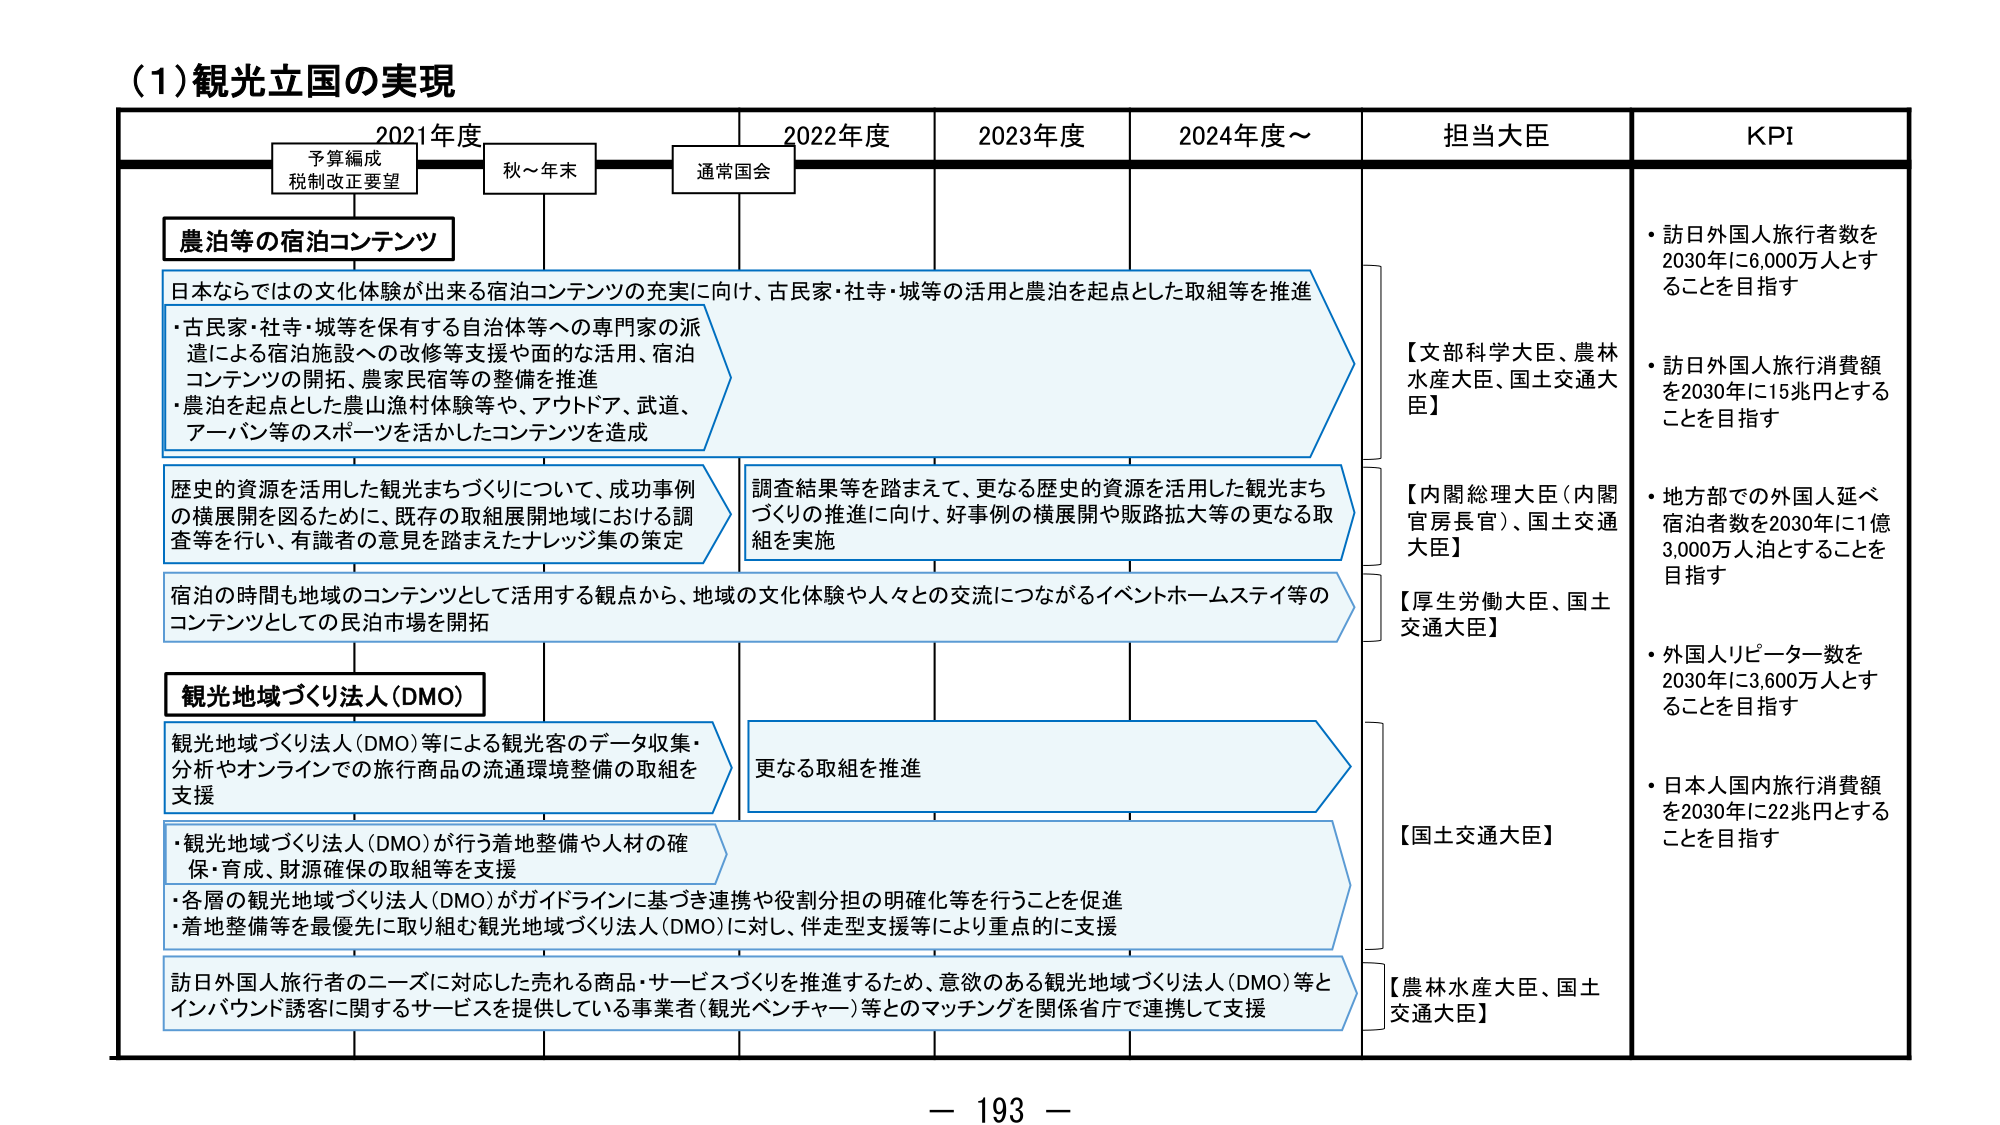
(1) 観光立国の実現

2021年度　　　　　2022年度　　　　　2023年度　　　　　2024年度～　　　　担当大臣　　　　　KPI

予算編成
税制改正要望　　　秋～年末　　　　通常国会

農泊等の宿泊コンテンツ

日本ならではの文化体験が出来る宿泊コンテンツの充実に向け、古民家・社寺・城等の活用と農泊を起点とした取組等を推進
・古民家・社寺・城等を保有する自治体等への専門家の派遣による宿泊施設への改修等支援や面的な活用、宿泊コンテンツの開拓、農家民宿等の整備を推進
・農泊を起点とした農山漁村体験等や、アウトドア、武道、アーバン等のスポーツを活かしたコンテンツを造成

歴史的資源を活用した観光まちづくりについて、成功事例の横展開を図るために、既存の取組展開地域における調査等を行い、有識者の意見を踏まえたナレッジ集の策定

調査結果等を踏まえて、更なる歴史的資源を活用した観光まちづくりの推進に向け、好事例の横展開や販路拡大等の更なる取組を実施

宿泊の時間も地域のコンテンツとして活用する観点から、地域の文化体験や人々との交流につながるイベントホームステイ等のコンテンツとしての民泊市場を開拓

観光地域づくり法人（DMO）

観光地域づくり法人（DMO）等による観光客のデータ収集・分析やオンラインでの旅行商品の流通環境整備の取組を支援

更なる取組を推進

・観光地域づくり法人（DMO）が行う着地整備や人材の確保・育成、財源確保の取組等を支援
・各層の観光地域づくり法人（DMO）がガイドラインに基づき連携や役割分担の明確化等を行うことを促進
・着地整備等を最優先に取り組む観光地域づくり法人（DMO）に対し、伴走型支援等により重点的に支援

訪日外国人旅行者のニーズに対応した売れる商品・サービスづくりを推進するため、意欲のある観光地域づくり法人（DMO）等とインバウンド誘客に関するサービスを提供している事業者（観光ベンチャー）等とのマッチングを関係省庁で連携して支援

【文部科学大臣、農林水産大臣、国土交通大臣】
【内閣総理大臣（内閣官房長官）、国土交通大臣】
【厚生労働大臣、国土交通大臣】
【国土交通大臣】
【農林水産大臣、国土交通大臣】

・訪日外国人旅行者数を2030年に6,000万人とすることを目指す
・訪日外国人旅行消費額を2030年に15兆円とすることを目指す
・地方部での外国人延べ宿泊者数を2030年に1億3,000万人泊とすることを目指す
・外国人リピーター数を2030年に3,600万人とすることを目指す
・日本人国内旅行消費額を2030年に22兆円とすることを目指す

－ 193 －